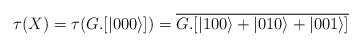
\begin{align*} \tau(X)=\tau(G.[|000\rangle])=\overline{G.[|100\rangle+|010\rangle+|001\rangle]}\end{align*}